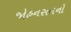
જોહનસનનો